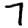
Digit: 7